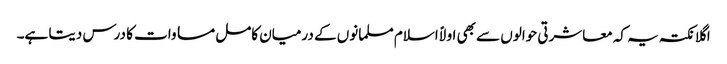
اگلا نکتہ یہ کہ معاشرتی حوالوں سے بھی اولاً اسلام مسلمانوں کے درمیان کامل مساوات کا درس دیتا ہے۔